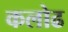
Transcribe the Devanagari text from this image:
कलोढ